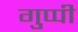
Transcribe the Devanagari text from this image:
गुप्पी